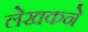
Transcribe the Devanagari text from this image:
लेखकने